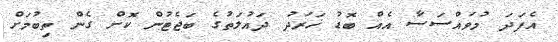
އެފަދަ މުވައްސަސާ އެއް ބޮޑު ޚަރަދު ދައުލަތުގެ ބަޖެޓުން ކޮށް ގެން ތިބުމަށް